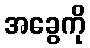
အခွေကို